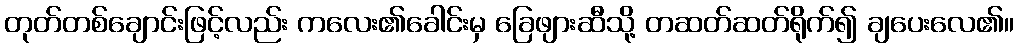
တုတ်တစ်ချောင်းဖြင့်လည်း ကလေး၏ခေါင်းမှ ခြေဖျားဆီသို့ တဆတ်ဆတ်ရိုက်၍ ချပေးလေ၏။